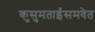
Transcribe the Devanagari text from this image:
कुसुमताईंसमवेत